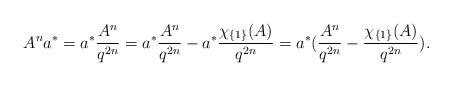
LaTeX: \begin{align*}A^n a^* = a^* \frac{A^n}{q^{2n}} = a^* \frac{A^n}{q^{2n}} - a^*\frac{\chi_{\{1\}}(A)}{q^{2n}}= a^* (\frac{A^n}{q^{2n}} -\frac{\chi_{\{1\}}(A)}{q^{2n}}) .\end{align*}